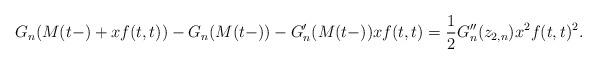
LaTeX: \begin{align*} G_n(M(t-)+xf(t,t))-G_n(M(t-)) -G_n'(M(t-))xf(t,t) = \frac{1}{2} G_n''(z_{2,n}) x^2 f(t,t)^2.\end{align*}